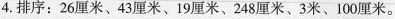
4.排序：26厘米、43厘米、19厘米、248厘米、3米、100厘米。